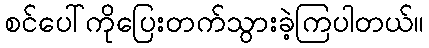
စင်ပေါ်ကိုပြေးတက်သွားခဲ့ကြပါတယ်။